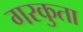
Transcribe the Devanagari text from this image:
गरकुता